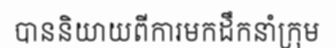
បាននិយាយពីការមកដឹកនាំក្រុម